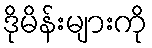
ဒိုမိန်းများကို